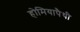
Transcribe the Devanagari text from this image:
होमियापैथी